Civil Veterinary Department Bihar & Orissa reports 1911-21 - 1911-1921
Year: 1911
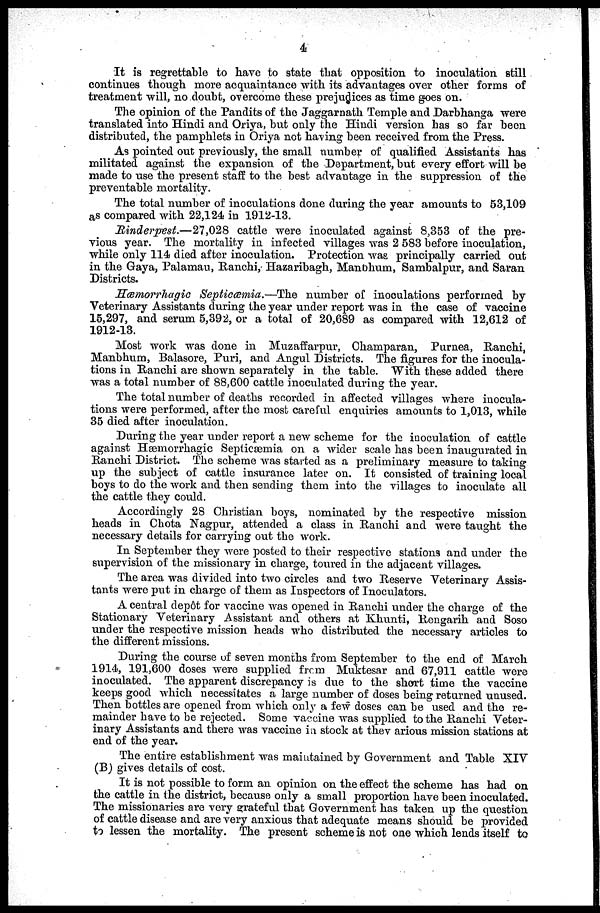
4
It is regrettable to have to state that opposition to inoculation still
continues though more acquaintance with its advantages over other forms of
treatment will, no doubt, overcome these prejudices as time goes on.
The opinion of the Pandits of the Jaggarnath Temple and Darbhanga were
translated into Hindi and Oriya, but only the Hindi version has so far been
distributed, the pamphlets in Oriya not having been received from the Press.
As pointed out previously, the small number of qualified Assistants has
militated against the expansion of the Department, but every effort will be
made to use the present staff to the best advantage in the suppression of the
preventable mortality.
The total number of inoculations done during the year amounts to 53,109
as compared with 22,124 in 1912-13.
Rinderpest.—27,028
cattle were inoculated against 8,353 of the pre-
vious year. The mortality in infected villages was 2 583 before inoculation,
while only 114 died after inoculation. Protection was principally carried out
in the Gaya, Palamau, Ranchi, Hazaribagh, Manbhum, Sambalpur, and Saran
Districts.
Hærnorrhagic Septiæmia.—The
number of inoculations performed by
Veterinary Assistants during the year under report was in the case of vaccine
15,297, and serum 5,392, or a total of 20,689 as compared with 12,612 of
1912-13.
Most work was done in Muzaffarpur, Champaran, Purnea, Ranchi,
Manbhum, Balasore, Puri, and Angul Districts. The figures for the inocula-
tions in Ranchi are shown separately in the table. With these added there
was a total number of 88,600 cattle inoculated during the year.
The total number of deaths recorded in affected villages where inocula-
tions were performed, after the most careful enquiries amounts to 1,013, while
35 died after inoculation.
During the year under report a new scheme for the inoculation of cattle
against Hæmorrhagic Septicæmia on a wider scale has been inaugurated in
Ranchi District. The scheme was started as a preliminary measure to taking
up the subject of cattle insurance later on. It consisted of training local
boys to do the work and then sending them into the villages to inoculate all
the cattle they could.
Accordingly 28 Christian boys, nominated by the respective mission
heads in Chota Nagpur, attended a class in Ranchi and were taught the
necessary details for carrying out the work.
In September they were posted to their respective stations and under the
supervision of the missionary in charge, toured in the adjacent villages.
The area was divided into two circles and two Reserve Veterinary Assis-
tants were put in charge of them as Inspectors of Inoculators.
A central dep6t for vaccine was opened in Ranchi under the charge of the
Stationary Veterinary Assistant and others at Khunti, Rengarih and Soso
under the respective mission heads who distributed the necessary articles to
the different missions.
During the course of seven months from September to the end of March
1914, 191,600 doses were supplied from Muktesar and 67,911 cattle were
inoculated. The apparent discrepancy is clue to the short time the vaccine
keeps good which necessitates a large number of doses being returned unused.
Then bottles are opened from which only a few doses can be used and the re-
mainder have to be rejected. Some vaccine was supplied to the Ranchi Veter-
inary Assistants and there was vaccine in stock at thev arious mission stations at
end of the year.
The entire establishment was maintained by Government and Table XIV
(B) gives details of cost.
It is not possible to form an opinion on the effect the scheme has had on
the cattle in the district, because only a small proportion have been inoculated.
The missionaries are very grateful that Government has taken up the question
of cattle disease and are very anxious that adequate means should be provided
to lessen the mortality. The present scheme is not one which lends itself to